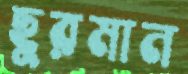
ছুরমান